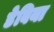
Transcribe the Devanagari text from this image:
डेबिया